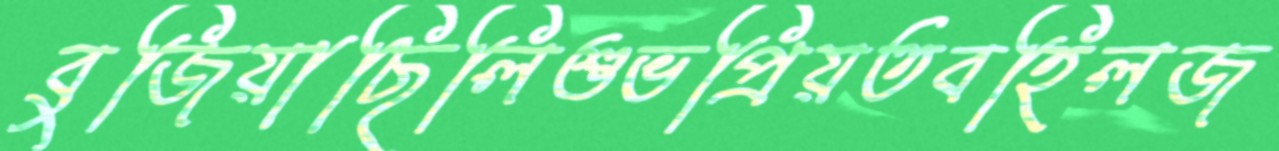
বুজিয়াছিলিশুভপ্রিয়তবহিলজ